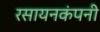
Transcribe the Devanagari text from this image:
रसायनकंपनी